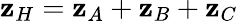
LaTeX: \mathbf{z}_{H}=\mathbf{z}_{A}+\mathbf{z}_{B}+\mathbf{z}_{C}